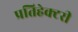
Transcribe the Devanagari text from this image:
प्रतिहेक्टरी